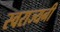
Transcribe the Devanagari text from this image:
स्वराज्यनी